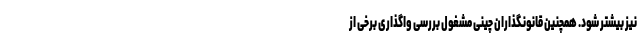
نیز بیشتر شود. همچنین قانونگذاران چینی مشغول بررسی واگذاری برخی از